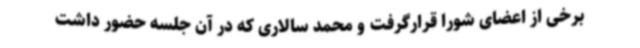
برخی از اعضای شورا قرارگرفت و محمد سالاری که در آن جلسه حضور داشت